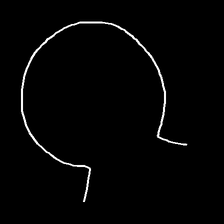
Glyph: weave